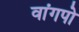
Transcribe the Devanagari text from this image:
वांगपो